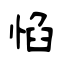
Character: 惂